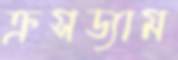
ক্রসড্যাম